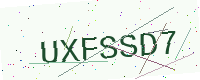
Text: UXFSSD7